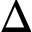
\Delta